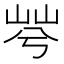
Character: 𡷬